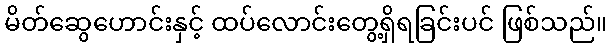
မိတ်ဆွေဟောင်းနှင့် ထပ်လောင်းတွေ့ရှိရခြင်းပင် ဖြစ်သည်။